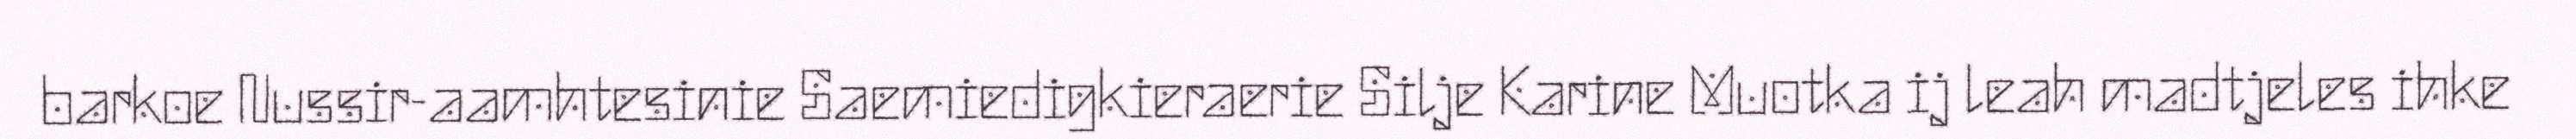
barkoe Nussir-aamhtesinie Saemiedigkieraerie Silje Karine Muotka ij leah madtjeles ihke